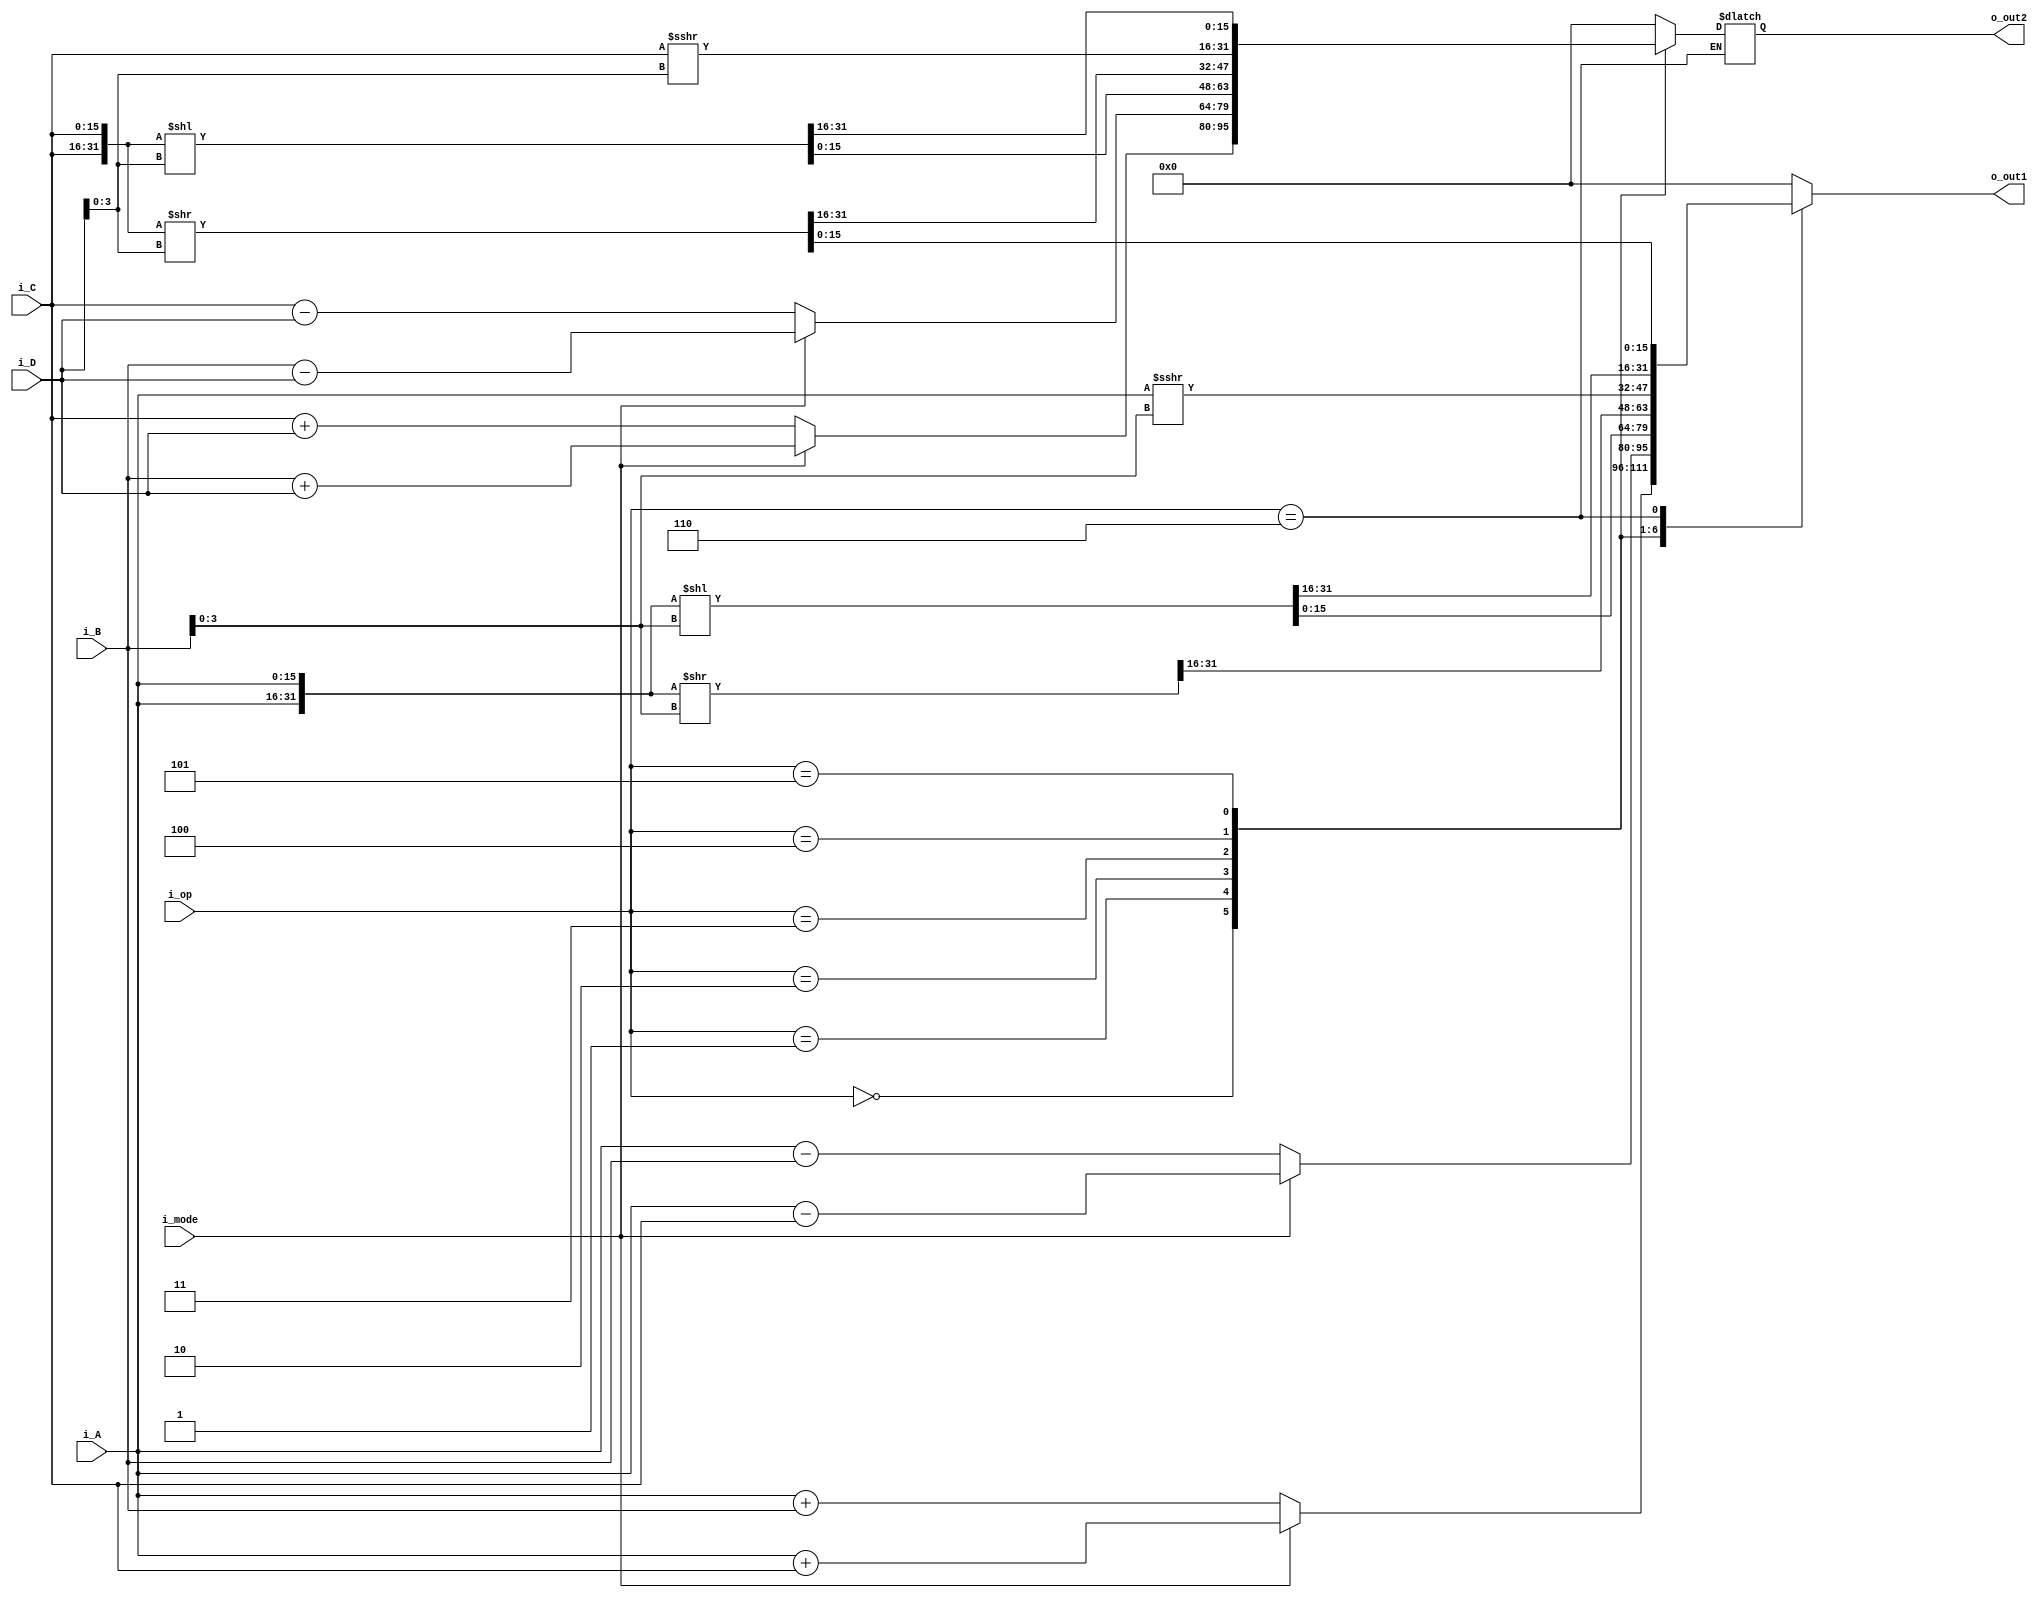
// Arithmetic unit for ALU.
// Possible operations: arithmetic: ADD, SUB, shift: SLL, SRL, SRA, SCL, SCR.

module arith_unit(i_mode, i_op, i_A, i_B, i_C, i_D, o_out1, o_out2);

input i_mode;								// 1'b0 - simple arithmetics, 1'b1 - complex arithmetics.
input [2:0] i_op;							// 7 possible operations.
input [15:0] i_A, i_B, i_C, i_D;			// input data.
output reg [15:0] o_out1, o_out2;			// output result data - o_out1 is X, o_out2 is Y: [Z = X + iY = Re + i*Im = o_out1 + i*o_out2]

/*
**	i_op - possible operations:
**	000		"+"		Add
**	001		"-"		Subtract	
**	010		"<<"	Shift Left Logical
**	011		">>"	Shift Right Logical
**	100		">>>"	Shift Right Arithmetic
**	101		"<--"	Shift Cyclic Left
**	110		"-->"	Shift Cyclic Right
*/

// Complex arithmetic

wire [15:0] Re_Z1, Im_Z1, Re_Z2, Im_Z2;

assign Re_Z1 = i_A;						// Real part of 		[Z1 = Re + i*Im]
assign Im_Z1 = i_B;						// Imaginary part of	[Z1 = Re + i*Im]
assign Re_Z2 = i_C;
assign Im_Z2 = i_D;

parameter [2:0] ADD = 3'd0, SUB = 3'd1, SLL = 3'd2, SRL = 3'd3, SRA = 3'd4, SCL = 3'd5, SCR = 3'd6;

// Shifter implementation

wire [31:0] sll_A, sll_C, srl_A, srl_C;

assign sll_A = {i_A, i_A} << i_B[3:0];	// i_A << i_B[3:0], first 4 digits (LSB) of input data i_B - are the "Shift amount" value
assign sll_C = {i_C, i_C} << i_D[3:0];
assign srl_A = {i_A, i_A} >> i_B[3:0];
assign srl_C = {i_C, i_C} >> i_D[3:0];

always @(*) begin
	case(i_op) 
		ADD:
			begin
				// Z1 + Z2 = (X1 + i*Y1) + (X2 + i*Y2) = (X1 + X2) + i*(Y1 + Y2) = o_out1 + i*o_out2
				
				o_out1 = (i_mode) ? (Re_Z1 + Re_Z2) : (i_A + i_B);		// [Re] or [A+B]
				o_out2 = (i_mode) ? (Im_Z1 + Im_Z2) : (i_C + i_D);		// [Im] or [C+D]
			end
		SUB:
			begin
				// Z1 - Z2 = (X1 + i*Y1) - (X2 + i*Y2) = (X1 - X2) + i*(Y1 - Y2) = o_out1 + i*o_out2
				
				o_out1 = (i_mode) ? (Re_Z1 - Re_Z2) : (i_A - i_B);		// [Re] or [A-B]
				o_out2 = (i_mode) ? (Im_Z1 - Im_Z2) : (i_C - i_D);		// [Im] or [C-D]
			end
		SLL:
			begin
				o_out1 = sll_A[15:0];									// Shift left logical
				o_out2 = sll_C[15:0];
			end
		SRL:
			begin
				o_out1 = srl_A[31:16];									// Shift right logical
				o_out2 = srl_C[31:16];
			end
		SRA:
			begin
				o_out1 = $signed(i_A) >>> i_B[3:0];						// Arithmetic right
				o_out2 = $signed(i_C) >>> i_D[3:0];
			end
		SCL:
			begin
				o_out1 = sll_A[31:16];									// Cyclic left
				o_out2 = sll_C[31:16];
			end
		SCR:
			begin
				o_out1 = srl_A[15:0];									// Cyclic right
				o_out1 = srl_C[15:0];
			end
		
		default:														// Maybe, MUL or DIV - but we have the multiplexer in alu.v.
			begin
				o_out1 = {16{1'b0}};		
				o_out2 = {16{1'b0}};
			end
	endcase
end
					
/*
function [15:0] SLL;
	input [15:0] data;
	input [3:0] shift_amount;
	reg [31:0] l_shifted;							
	
	begin
		l_shifted = {data, data} << shift_amount;
		
		SLL = l_shifted[15:0];
	end
endfunction
*/
endmodule